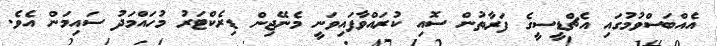
އެއްބަސްވުމުގައި އެޗްޑީސީގެ ފަރާތުން ސޮއި ކުރައްވާފައިވަނީ މެނޭޖިން ޑިރެކްޓަރު މުހައްމަދު ސައިމަން އެވެ.